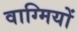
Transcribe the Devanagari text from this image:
वाग्मियों